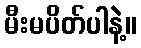
မီးမပိတ်ပါနဲ့။